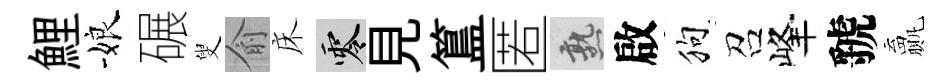
鯉娘碾叟俞床零見簋匿熟啟狗召峰虢贏